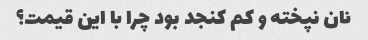
نان نپخته و کم کنجد بود چرا با این قیمت؟